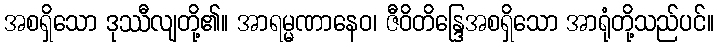
အစရှိသော ဒုဿီလျတို့၏။ အာရမ္မဏာနေဝ၊ ဇီဝိတိန္ဒြေအစရှိသော အာရုံတို့သည်ပင်။